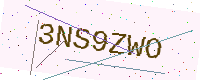
Text: 3NS9ZWO